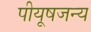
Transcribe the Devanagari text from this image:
पीयूषजन्य